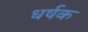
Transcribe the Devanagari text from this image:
धर्षक